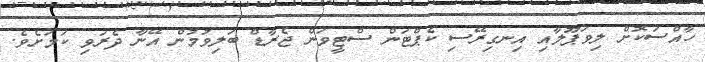
ހާއްސަކޮށް ލިވަޕޫލާއި އިނގިރޭސި ކެޕްޓަން ސްޓީވަން ޖެރާޑް ބަލިވުމުން އޭނާ ދެރަވި ކަމަށެވެ.